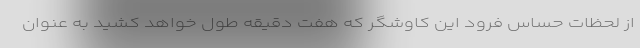
از لحظات حساس فرود این کاوشگر که هفت دقیقه طول خواهد کشید به عنوان